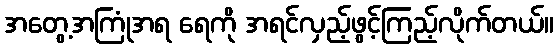
အတွေ့အကြုံအရ ရေကို အရင်လှည့်ဖွင့်ကြည့်လိုက်တယ်။